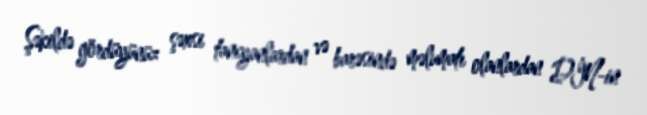
Şəkildə gördüyünüz şəxsi tanıyanlardan və barəsində məlumatı olanlardan DİN-in